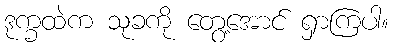
ဒုက္ခထဲက သုခကို တွေ့အောင် ရှာကြပါ။